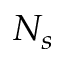
N _ { s }